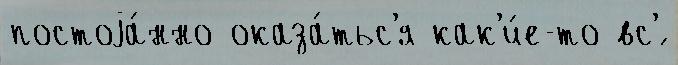
постоjа́нно оказа́тьс'я как'и́е-то вс'́